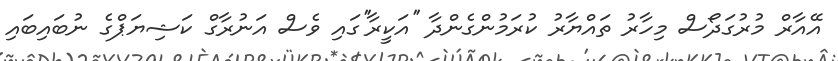
އޭއާރް މުރުގަދޯސް މިހާރު ތައްޔާރު ކުރަމުންގެންދާ ''އަކީރާ''ގައި ވެސް އަނުރާގް ކަޝިޔަޕްގެ ނުބައިބައި